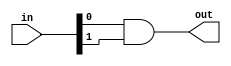
module my_and_2(out, in);
	parameter n=2;
            
	input [n-1:0]in;
	output out;
	
	wire nand_0,nand_1;
	
	nand nand0(nand_0, in[0], in[1]);
	nand nand1(nand_1, in[0], in[1]);
	
	nand nand3(out, nand_0, nand_1);
	
endmodule

module my_and_3(out, in_0, in_1, in_2);
	input in_0, in_1, in_2;
	output out;
	
	wire and_0;
	
	my_and_2 and0(and_0, {in_0, in_1});
	my_and_2 and1(out, {and_0, in_2});
	
endmodule

module my_or_2(out, in_0, in_1);
	input in_0, in_1;
	output out;
	
	wire nand_0,nand_1;
	
	nand nand0(nand_0, in_0, in_0);
	nand nand1(nand_1, in_1, in_1);
	
	nand nand3(out, nand_0, nand_1);

endmodule

module my_not(out, in_0);
	input in_0;
	output out;

	nand nand0(out, in_0, in_0);

endmodule

module fib_G(in, out);
			parameter n=4;
            
            //IO port declaration
            input [n-1:0]in;
            output out;//Output can be wire or reg, default type is wire.
            
            
            wire not_a, not_b, not_c, not_d;//the default width of wire is 1-bit
            wire and0, and1, and2, and3;
            wire or0, or1;
            
            //<gate><gate name>(output,input1,input2,input3...);
            my_not not_0(not_a,in[3]);
            my_not not_1(not_b,in[2]);
            my_not not_2(not_c,in[1]);
            my_not not_3(not_d,in[0]);
            
            my_and_2 and_0(and0, {not_a, not_b});
            my_and_3 and_1(and1, not_b, not_c, not_d);
            my_and_3 and_2(and2, not_a, not_c, in[0]);
            my_and_3 and_3(and3, in[2], not_c, in[0]);
            
            my_or_2 or_0(or0, and0, and1);
            my_or_2 or_1(or1, and2, and3);
            my_or_2 or_2(out, or0, or1);

endmodule

module fib_D(in, out);
            parameter n=4;
            
            input [n-1:0]in;
            output out;
            
            /*Be careful, "!" and "~" are different in Verilog.*/
            assign out=(!in[3]&!in[2])|(!in[2]&!in[1]&!in[0])|(!in[3]&!in[1]&in[0])|(in[2]&!in[1]&in[0]);
            
    //your code here
endmodule

module fib_B(in, out);
            parameter n=4;
            
            input [n-1:0]in;
            output out;//Be careful the default type is wire!!
            reg out;//It must be changed to reg type because of using in always block.
            
            /*
            or you can combine these two line into 
            output reg out;
            */
            
            always@(*)begin
                case(in)
                    0,1,2,3,5,8,13:begin
                        out=1'b1;
                    end
                    default:begin
                        out=1'b0;
                    end
                endcase
            end 
    //wryyyyy
endmodule